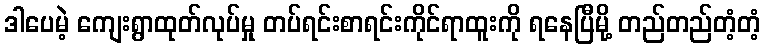
ဒါပေမဲ့ ကျေးရွာထုတ်လုပ်မှု တပ်ရင်းစာရင်းကိုင်ရာထူးကို ရနေပြီမို့ တည်တည်တံ့တံ့